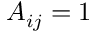
A _ { i j } = 1